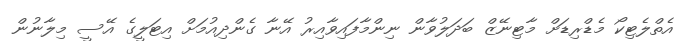
އެތްލެޓިކޯ މެޑްރިޑަށް މާޓިނޭޒް ބަދަލުވާން ނިންމާފައިވާއިރު އޭނާ ގެންދިއުމަށް އިޓަލީގެ އޭސީ މިލާނުން